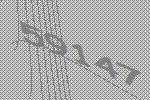
59147